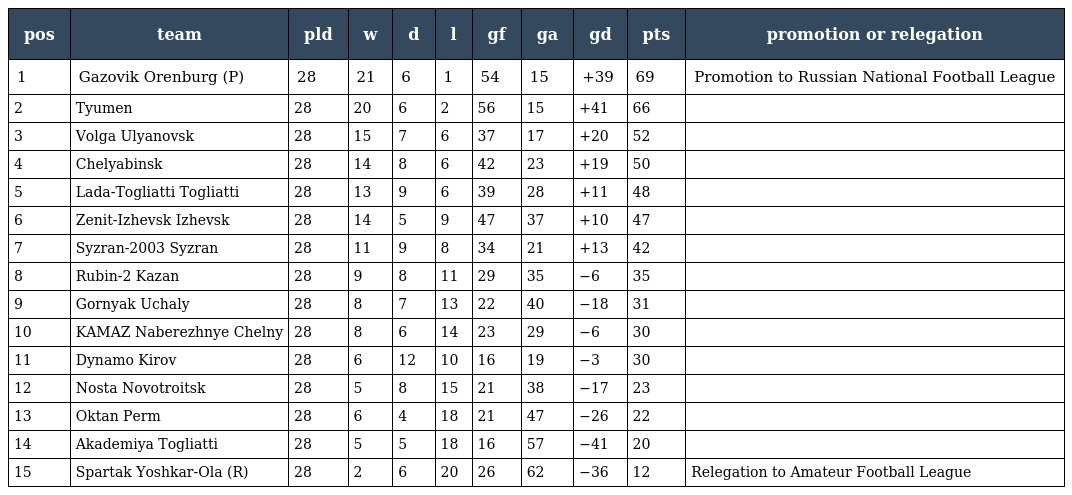
| pos | team | pld | w | d | l | gf | ga | gd | pts | promotion or relegation |
 | --- | --- | --- | --- | --- | --- | --- | --- | --- | --- | --- |
 | 1 | Gazovik Orenburg (P) | 28 | 21 | 6 | 1 | 54 | 15 | +39 | 69 | Promotion to Russian National Football League |
 | 2 | Tyumen | 28 | 20 | 6 | 2 | 56 | 15 | +41 | 66 |  |
 | 3 | Volga Ulyanovsk | 28 | 15 | 7 | 6 | 37 | 17 | +20 | 52 |  |
 | 4 | Chelyabinsk | 28 | 14 | 8 | 6 | 42 | 23 | +19 | 50 |  |
 | 5 | Lada-Togliatti Togliatti | 28 | 13 | 9 | 6 | 39 | 28 | +11 | 48 |  |
 | 6 | Zenit-Izhevsk Izhevsk | 28 | 14 | 5 | 9 | 47 | 37 | +10 | 47 |  |
 | 7 | Syzran-2003 Syzran | 28 | 11 | 9 | 8 | 34 | 21 | +13 | 42 |  |
 | 8 | Rubin-2 Kazan | 28 | 9 | 8 | 11 | 29 | 35 | −6 | 35 |  |
 | 9 | Gornyak Uchaly | 28 | 8 | 7 | 13 | 22 | 40 | −18 | 31 |  |
 | 10 | KAMAZ Naberezhnye Chelny | 28 | 8 | 6 | 14 | 23 | 29 | −6 | 30 |  |
 | 11 | Dynamo Kirov | 28 | 6 | 12 | 10 | 16 | 19 | −3 | 30 |  |
 | 12 | Nosta Novotroitsk | 28 | 5 | 8 | 15 | 21 | 38 | −17 | 23 |  |
 | 13 | Oktan Perm | 28 | 6 | 4 | 18 | 21 | 47 | −26 | 22 |  |
 | 14 | Akademiya Togliatti | 28 | 5 | 5 | 18 | 16 | 57 | −41 | 20 |  |
 | 15 | Spartak Yoshkar-Ola (R) | 28 | 2 | 6 | 20 | 26 | 62 | −36 | 12 | Relegation to Amateur Football League |